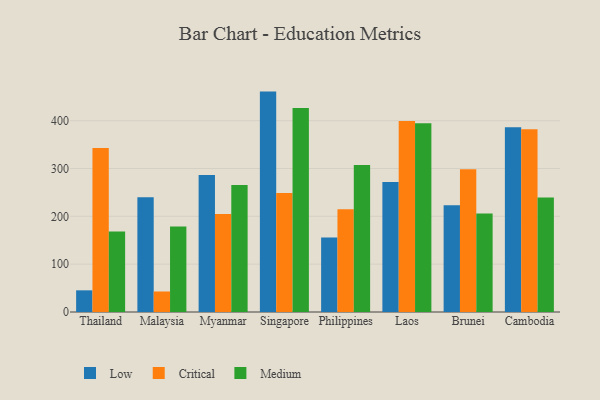
{"axis": {"x": "Country", "y": "Production Output"}, "legend": ["Critical", "Low", "Medium"], "data": [{"x": "Thailand", "y": 45.3, "type": "Low"}, {"x": "Thailand", "y": 343.1, "type": "Critical"}, {"x": "Thailand", "y": 168.3, "type": "Medium"}, {"x": "Malaysia", "y": 240.0, "type": "Low"}, {"x": "Malaysia", "y": 42.9, "type": "Critical"}, {"x": "Malaysia", "y": 178.5, "type": "Medium"}, {"x": "Myanmar", "y": 286.2, "type": "Low"}, {"x": "Myanmar", "y": 205.0, "type": "Critical"}, {"x": "Myanmar", "y": 265.4, "type": "Medium"}, {"x": "Singapore", "y": 460.8, "type": "Low"}, {"x": "Singapore", "y": 248.7, "type": "Critical"}, {"x": "Singapore", "y": 426.5, "type": "Medium"}, {"x": "Philippines", "y": 155.9, "type": "Low"}, {"x": "Philippines", "y": 214.8, "type": "Critical"}, {"x": "Philippines", "y": 307.1, "type": "Medium"}, {"x": "Laos", "y": 271.6, "type": "Low"}, {"x": "Laos", "y": 399.4, "type": "Critical"}, {"x": "Laos", "y": 394.5, "type": "Medium"}, {"x": "Brunei", "y": 223.2, "type": "Low"}, {"x": "Brunei", "y": 298.4, "type": "Critical"}, {"x": "Brunei", "y": 205.8, "type": "Medium"}, {"x": "Cambodia", "y": 386.1, "type": "Low"}, {"x": "Cambodia", "y": 382.0, "type": "Critical"}, {"x": "Cambodia", "y": 239.6, "type": "Medium"}]}